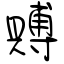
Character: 賻